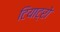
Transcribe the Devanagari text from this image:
टियाट्रो